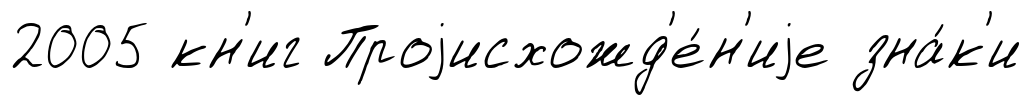
2005 кн'иг Проjисхожд'е́н'иjе зна́к'и